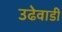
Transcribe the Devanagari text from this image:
उढेवाडी